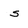
Character: s